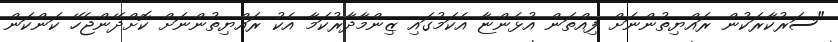
"ސަރުކާރަކުން ރައްޔިތުންނަށް ފިއްތަން އުޅެންޏާ އެކަމުގައި ޒިންމާދާރުކަމާ އެކު ރައްޔިތުންނަށް ކޮށްދޭންޖެހޭ ކަންކަން